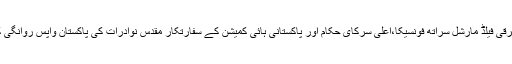
سری لنکا کے وزیر برائے پائیدار ترقی،وائلڈ لائف اور علاقائی ترقی فیلڈ مارشل سراتھ فونسیکا،اعلی سرکای حکام اور پاکستانی ہائی کمیشن کے سفارتکار مقدس نوادرات کی پاکستان واپس روانگی کی غرض سے بندرانائیکے انٹر نیشنل ائر پورٹ پر موجود تھے۔